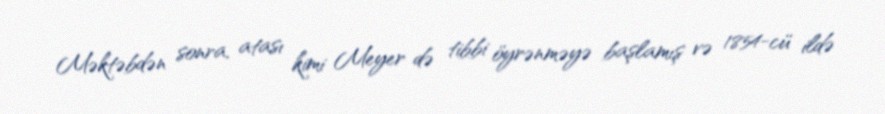
Məktəbdən sonra, atası kimi Meyer də tibbi öyrənməyə başlamış və 1854-cü ildə